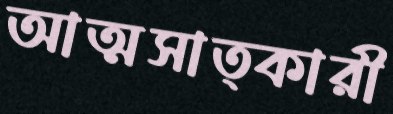
আত্মসাত্কারী